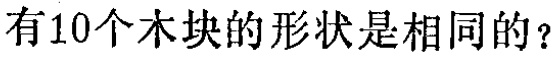
有10个木块的形状是相同的？